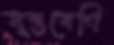
যুক্তবেণি